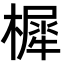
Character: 樨